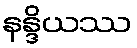
နန္ဒိယဿ